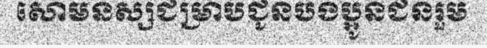
សោមនស្សជម្រាបជូនបងប្អូនជនរួម